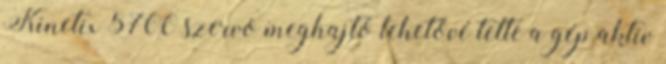
Kinetix 5700 szervo meghajtó lehetővé tette a gép aktív